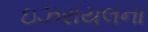
ઇઝરાયલના